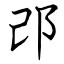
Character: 邔